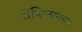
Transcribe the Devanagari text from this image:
रॉबिन्सनचा